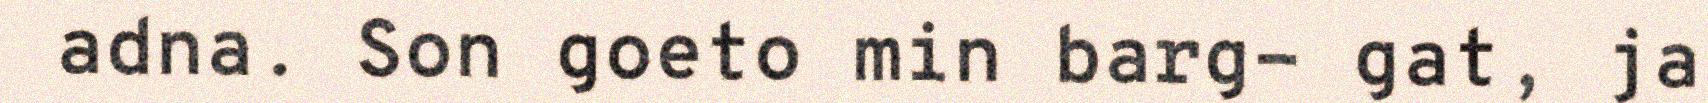
adna. Son goeto min barg- gat, ja